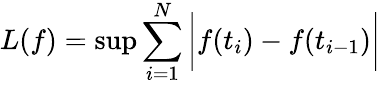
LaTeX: L(f)=\operatorname*{sup}\sum_{i=1}^{N}{\bigg|}f(t_{i})-f(t_{i-1}){\bigg|}